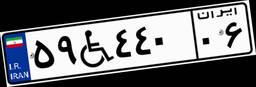
۸۸W۷۵۲۹۶